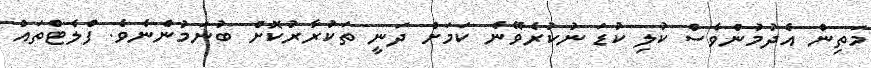
މަތިން އެދުމުންވެސް ކުލި ކުޑަ ނުކުރެވޭނެ ކަމަށް ދަނީ ތަކުރާރުކޮށް ބުނަމުންނެވެ. ފްލެޓްތައް